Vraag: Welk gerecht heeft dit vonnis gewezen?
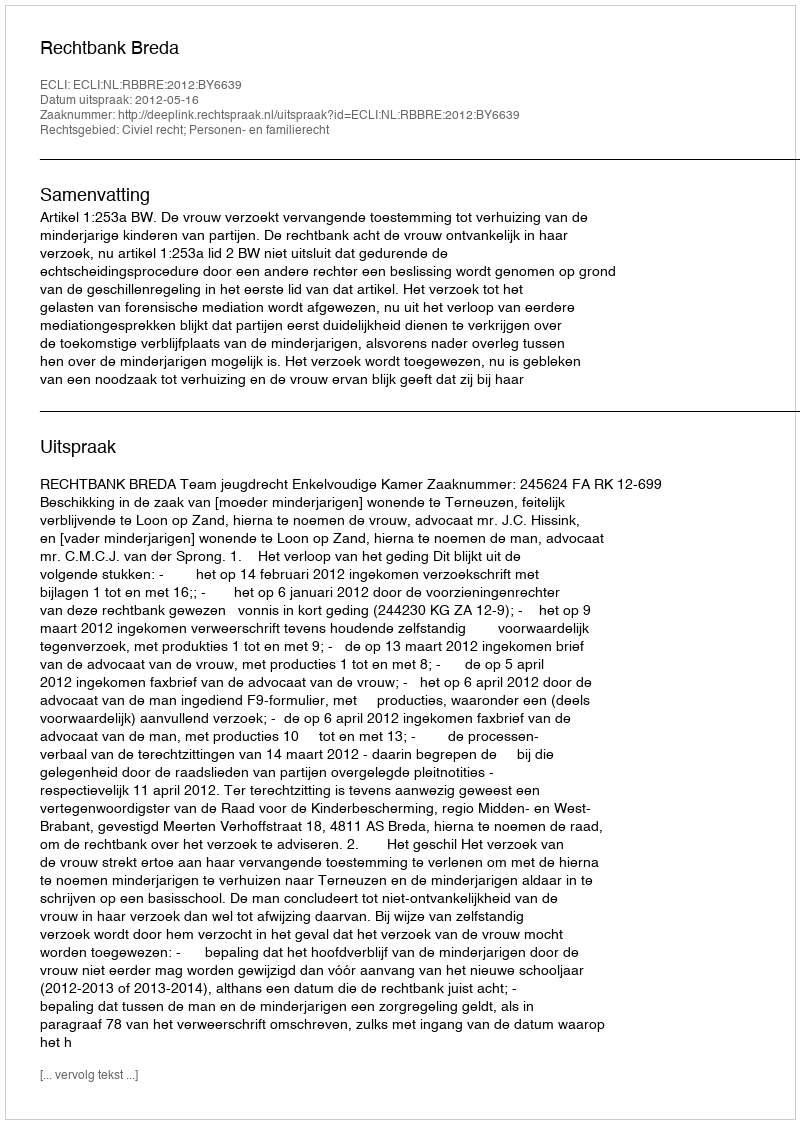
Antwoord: Rechtbank Breda